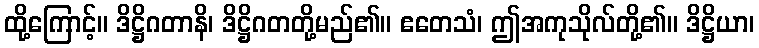
ထို့ကြောင့်။ ဒိဋ္ဌိဂတာနိ၊ ဒိဋ္ဌိဂတတို့မည်၏။ ဧတေသံ၊ ဤအကုသိုလ်တို့၏။ ဒိဋ္ဌိယာ၊